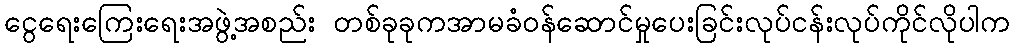
ငွေရေးကြေးရေးအဖွဲ့အစည်း တစ်ခုခုကအာမခံဝန်ဆောင်မှုပေးခြင်းလုပ်ငန်းလုပ်ကိုင်လိုပါက